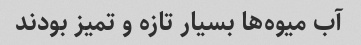
آب میوه‌ها بسیار تازه و تمیز بودند